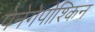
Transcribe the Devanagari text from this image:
पेनेगेपोश्किन